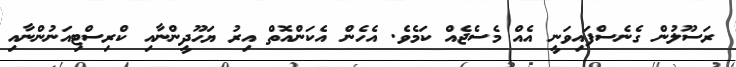
ރަސޫލުން ގެނެސްފައިވަނީ އެއް މެސެޖެއް ކަމެވެ. އެހެން އެކަންއޮތް އިރު ޔަހޫދީންނާއި ކްރިސްޓިއަނުންނާއި